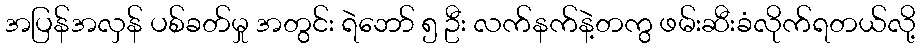
အပြန်အလှန် ပစ်ခတ်မှု အတွင်း ရဲဘော် ၅ ဦး လက်နက်နဲ့တကွ ဖမ်းဆီးခံလိုက်ရတယ်လို့